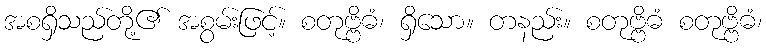
အစရှိသည်တို့၏ အစွမ်းဖြင့်။ စတုဗ္ဗိဓံ၊ ရှိသော။ တနည်း။ စတုဗ္ဗိဓံ စတုဗ္ဗိဓံ၊